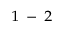
^ { 1 \mathrm { ~ - ~ } 2 }